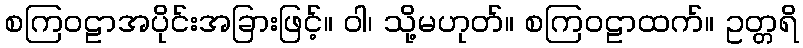
စကြဝဠာအပိုင်းအခြားဖြင့်။ ဝါ၊ သို့မဟုတ်။ စကြဝဠာထက်။ ဥတ္တရိ